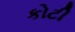
કોટી